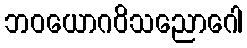
ဘဝယောဂဝိသညောဂေါ